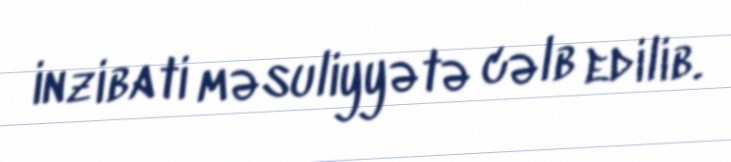
inzibati məsuliyyətə cəlb edilib.